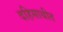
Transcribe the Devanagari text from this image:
दहिसाथीत